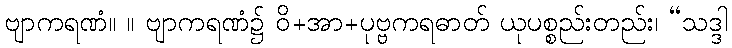
ဗျာကရဏံ။ ။ ဗျာကရဏံ၌ ဝိ+အာ+ပုဗ္ဗကရဓာတ် ယုပစ္စည်းတည်း၊ “သဒ္ဒါ